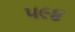
૫૯૪